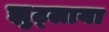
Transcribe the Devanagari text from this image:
झुट्लाया